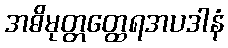
အဓိမုတ္တတ္ထေရအပဒါနံ